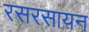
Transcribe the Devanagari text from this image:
रसरसायन